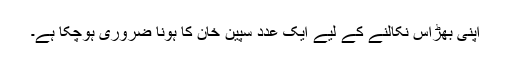
اپنی بھڑاس نکالنے کے لیے ایک عدد سپین خان کا ہونا ضروری ہوچکا ہے۔